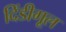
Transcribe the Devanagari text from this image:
दिंडीगूल